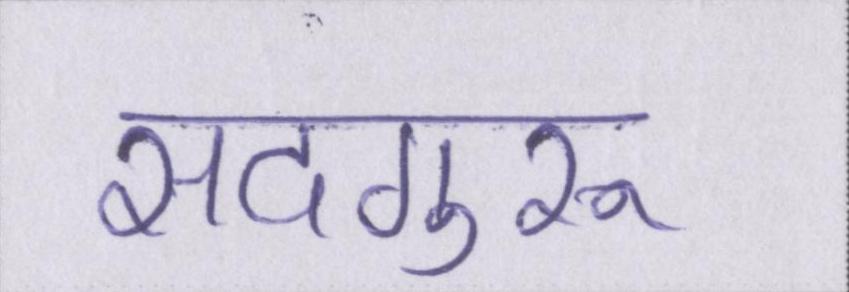
सदगुरू